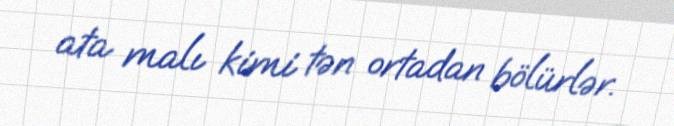
ata malı kimi tən ortadan bölürlər.